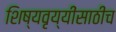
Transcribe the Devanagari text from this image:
शिष्यवृय्यींसाठीच